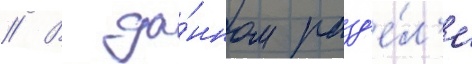
// В да́нном разд'е́л'е